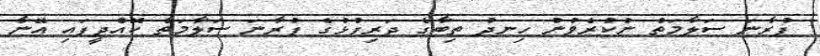
ފުރާނަ ސަލާމަތް ނުކުރެވުނު ހިނދު ތިބާގެ ދަރިފުޅުގެ ފުރާނަ ސަލާމަތް ކޮއްދީފައި އޭނާ